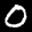
Label: 0